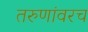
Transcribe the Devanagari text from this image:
तरुणांवरच